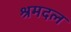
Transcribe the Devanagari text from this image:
श्रमदल